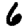
Digit: 6